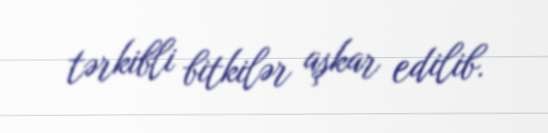
tərkibli bitkilər aşkar edilib.